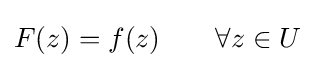
F(z)=f(z)\qquad \forall z\in U